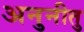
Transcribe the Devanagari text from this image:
अनुनीतु